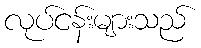
လုပ်ငန်းများသည်